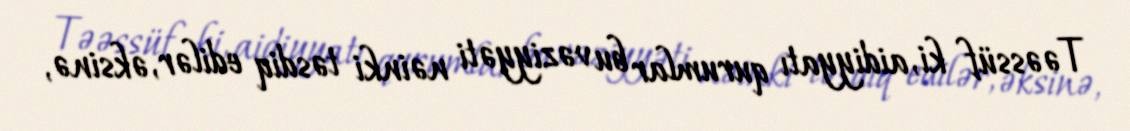
Təəssüf ki, aidiyyatı qurumlar bu vəziyyəti nəinki təsdiq edilər, əksinə,